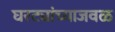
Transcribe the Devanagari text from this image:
घरट्यांच्याजवळ